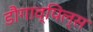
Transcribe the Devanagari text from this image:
डौगाव्पिल्स